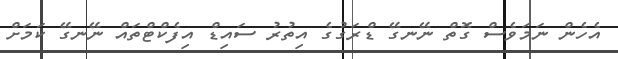
އެހެން ނަމަވެސް ގޮތް ނޭނގޭ ޑްރަގުގެ އިތުރު ސައިޑް އިފެކްޓްތައް ނޭނގޭ ކަމަށް